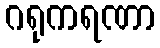
ဂရုကရဏာ